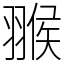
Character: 翭